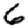
Digit: 6